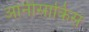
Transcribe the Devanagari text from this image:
आनीसाकिस